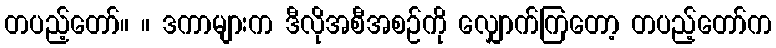
တပည့်တော်။ ။ ဒကာများက ဒီလိုအစီအစဉ်ကို လျှောက်ကြတော့ တပည့်တော်က